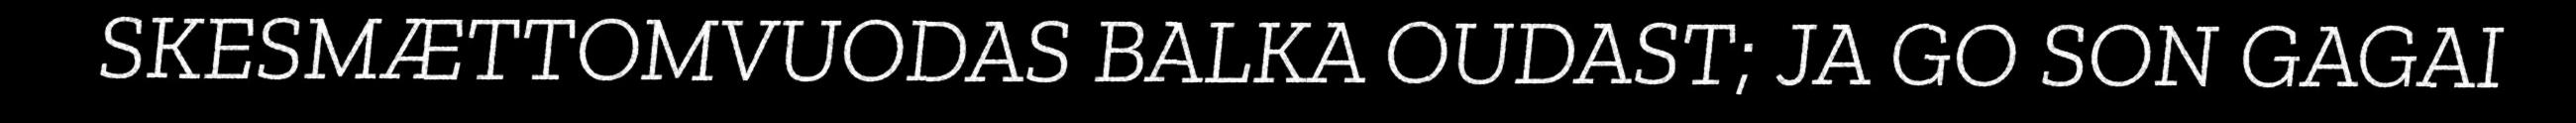
SKESMÆTTOMVUODAS BALKA OUDAST; JA GO SON GAGAI